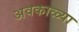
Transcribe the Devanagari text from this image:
अवकाळ्या